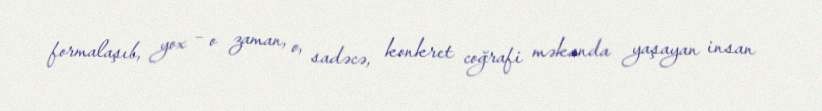
formalaşıb, yox – o zaman, o, sadəcə, konkret coğrafi məkanda yaşayan insan